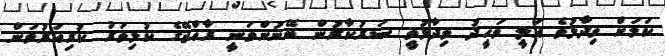
ކަމަށް ވިދާޅުވެ އަލީ ވަހީދު ވިދާޅުވީ ސަރުކާރުން ބޭނުންވަނީ ރާއްޖޭގެ ކުޅިވަރު ކުރިއަރުވަން